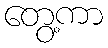
တွေ့ကာ